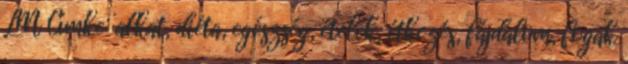
LM Címke: alkat, diéta, egészség, ételek, étkezés, fájdalom, fogak